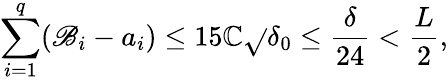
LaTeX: \sum_{i=1}^{q}(\mathscr{B}_{i}-a_{i})\leq15\mathbb{C}\sqrt{}{{\delta_{0}}}\leq\frac{{\delta}}{{24}}<\frac{{L}}{{2}},